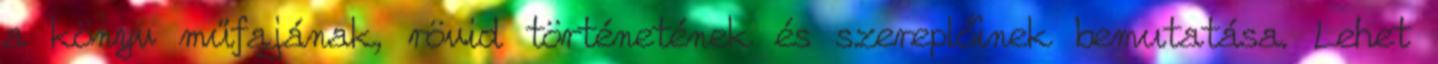
a könyv műfajának, rövid történetének és szereplőinek bemutatása. Lehet